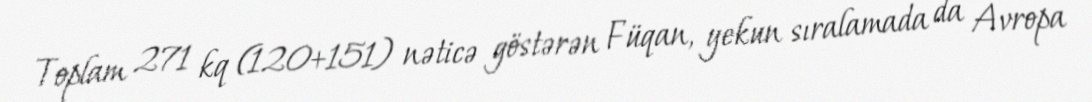
Toplam 271 kq (120+151) nəticə göstərən Füqan, yekun sıralamada da Avropa